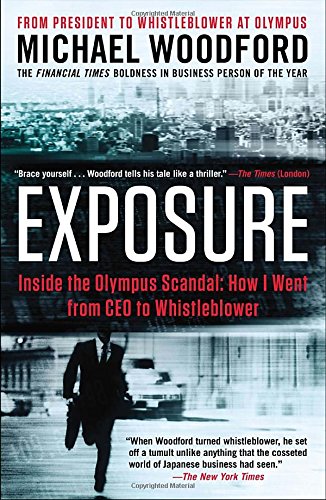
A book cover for Exposure: Inside the Olympus Scandal: How I Went from CEO to Whistleblower; Michael Woodford; Biographies & Memoirs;